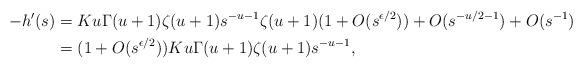
LaTeX: \begin{align*} -h'(s) & = Ku\Gamma(u+1)\zeta(u+1) s^{-u-1} \zeta(u+1)(1+O(s^{\epsilon/2})) + O(s^{-u/2-1}) + O(s^{-1})\\& = (1+O(s^{\epsilon/2}))Ku\Gamma(u+1)\zeta(u+1) s^{-u-1},\end{align*}